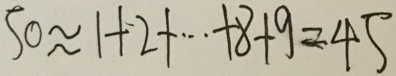
5 0 \approx 1 + 2 + \cdots + 8 + 9 = 4 5